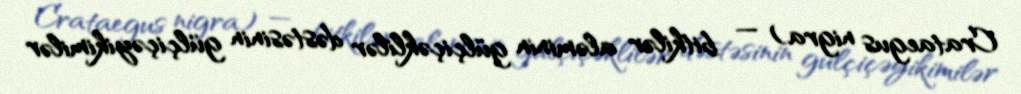
Crataegus nigra) — bitkilər aləminin gülçiçəklilər dəstəsinin gülçiçəyikimilər